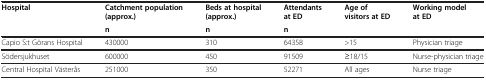
<table><thead><tr><td><b>Hospital</b></td><td><b>Catchment population (approx.)</b></td><td><b>Beds at hospital (approx.)</b></td><td><b>Attendants at ED</b></td><td><b>Age of visitors at ED</b></td><td><b>Working model at ED</b></td></tr><tr><td><b> </b></td><td><b>n</b></td><td><b>n</b></td><td><b>n</b></td><td><b> </b></td><td><b> </b></td></tr></thead><tbody><tr><td>Capio S:t Görans Hospital</td><td>430000</td><td>310</td><td>64358</td><td>&gt;15</td><td>Physician triage</td></tr><tr><td>Södersjukhuset</td><td>600000</td><td>450</td><td>91509</td><td>≥18/15</td><td>Nurse-physician triage</td></tr><tr><td>Central Hospital Västerås</td><td>251000</td><td>350</td><td>52271</td><td>All ages</td><td>Nurse triage</td></tr></tbody></table>